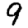
Digit: 9